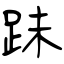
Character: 跊